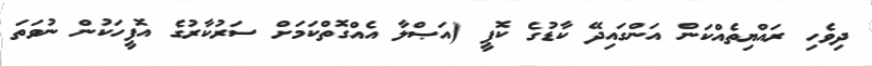
ދިވެހި ރައްޔިތެއްކަން އަންގައިދޭ ކާޑުގެ ކޮޕީ (އަޞްލާ އެއްގޮތްކަމަށް ސަރުކާރުގެ އޮފީހަކުން ނުވަތަ